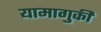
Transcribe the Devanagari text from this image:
यामागुकी